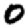
Digit: 0